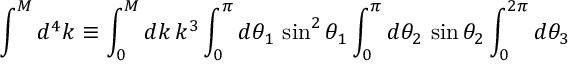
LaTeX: \int ^ { M } d ^ { 4 } k \equiv \int _ { 0 } ^ { M } d k \, k ^ { 3 } \int _ { 0 } ^ { \pi } d \theta _ { 1 } \, \sin ^ { 2 } \theta _ { 1 } \int _ { 0 } ^ { \pi } d \theta _ { 2 } \, \sin \theta _ { 2 } \int _ { 0 } ^ { 2 \pi } d \theta _ { 3 }